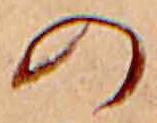
の